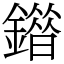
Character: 䥘